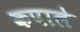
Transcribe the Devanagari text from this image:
कपाले